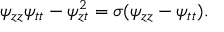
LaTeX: \psi _ { z z } \psi _ { t t } - \psi _ { z t } ^ { 2 } = \sigma ( \psi _ { z z } - \psi _ { t t } ) .